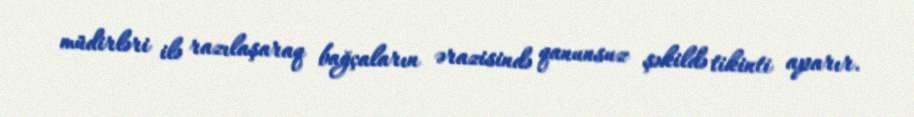
müdirləri ilə razılaşaraq bağçaların ərazisində qanunsuz şəkildə tikinti aparır.